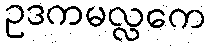
ဥဒကမလ္လကေ